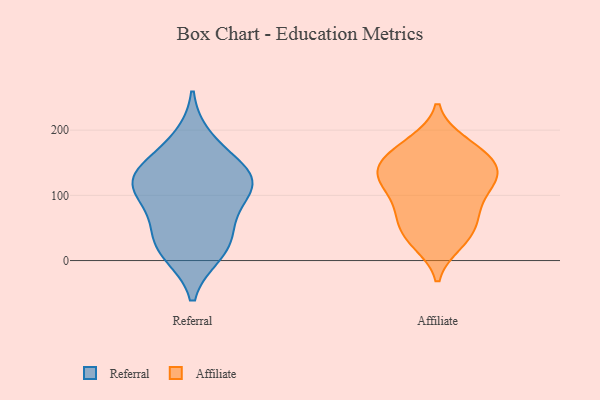
{"axis": {"x": "Energy Usage (MWh)", "y": "Value"}, "legend": ["Affiliate", "Referral"], "data": [{"x": "", "y": 144, "type": "Referral"}, {"x": "", "y": 187, "type": "Referral"}, {"x": "", "y": 15, "type": "Referral"}, {"x": "", "y": 109, "type": "Referral"}, {"x": "", "y": 119, "type": "Referral"}, {"x": "", "y": 115, "type": "Referral"}, {"x": "", "y": 121, "type": "Referral"}, {"x": "", "y": 85, "type": "Referral"}, {"x": "", "y": 11, "type": "Referral"}, {"x": "", "y": 146, "type": "Referral"}, {"x": "", "y": 49, "type": "Referral"}, {"x": "", "y": 36, "type": "Referral"}, {"x": "", "y": 121, "type": "Affiliate"}, {"x": "", "y": 37, "type": "Affiliate"}, {"x": "", "y": 145, "type": "Affiliate"}, {"x": "", "y": 65, "type": "Affiliate"}, {"x": "", "y": 179, "type": "Affiliate"}, {"x": "", "y": 76, "type": "Affiliate"}, {"x": "", "y": 159, "type": "Affiliate"}, {"x": "", "y": 146, "type": "Affiliate"}, {"x": "", "y": 131, "type": "Affiliate"}, {"x": "", "y": 167, "type": "Affiliate"}, {"x": "", "y": 128, "type": "Affiliate"}, {"x": "", "y": 110, "type": "Affiliate"}, {"x": "", "y": 80, "type": "Affiliate"}, {"x": "", "y": 27, "type": "Affiliate"}, {"x": "", "y": 58, "type": "Affiliate"}, {"x": "", "y": 181, "type": "Affiliate"}, {"x": "", "y": 135, "type": "Affiliate"}, {"x": "", "y": 110, "type": "Affiliate"}, {"x": "", "y": 30, "type": "Affiliate"}]}